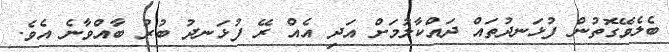
ބެލެވޭގޮތުން ފުޅަނދުތައް ދައްކާލުމަށް އަދި އެއް ރޭ ފުޅަނދު ބުރު ބާއްވާނެ އެވެ.